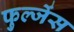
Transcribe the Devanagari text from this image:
फुल्जेंस